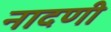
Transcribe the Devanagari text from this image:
नादणी